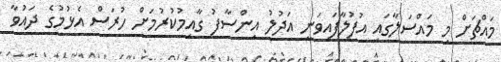
މައްޗަށް މި މައްސަލާގައި އުފުލާފައިވަނީ އަދުލު އިންސާފު ގާއިމުކުރުމަށް ހުރަސް އެޅުމުގެ ދައުވާ